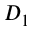
D _ { 1 }